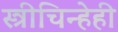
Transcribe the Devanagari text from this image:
स्त्रीचिन्हेही